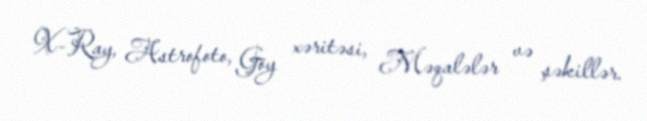
X-Ray, Astrofoto, Göy xəritəsi, Məqalələr və şəkillər.